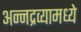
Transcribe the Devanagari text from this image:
अन्नद्रव्यामध्ये